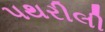
પથરીલી